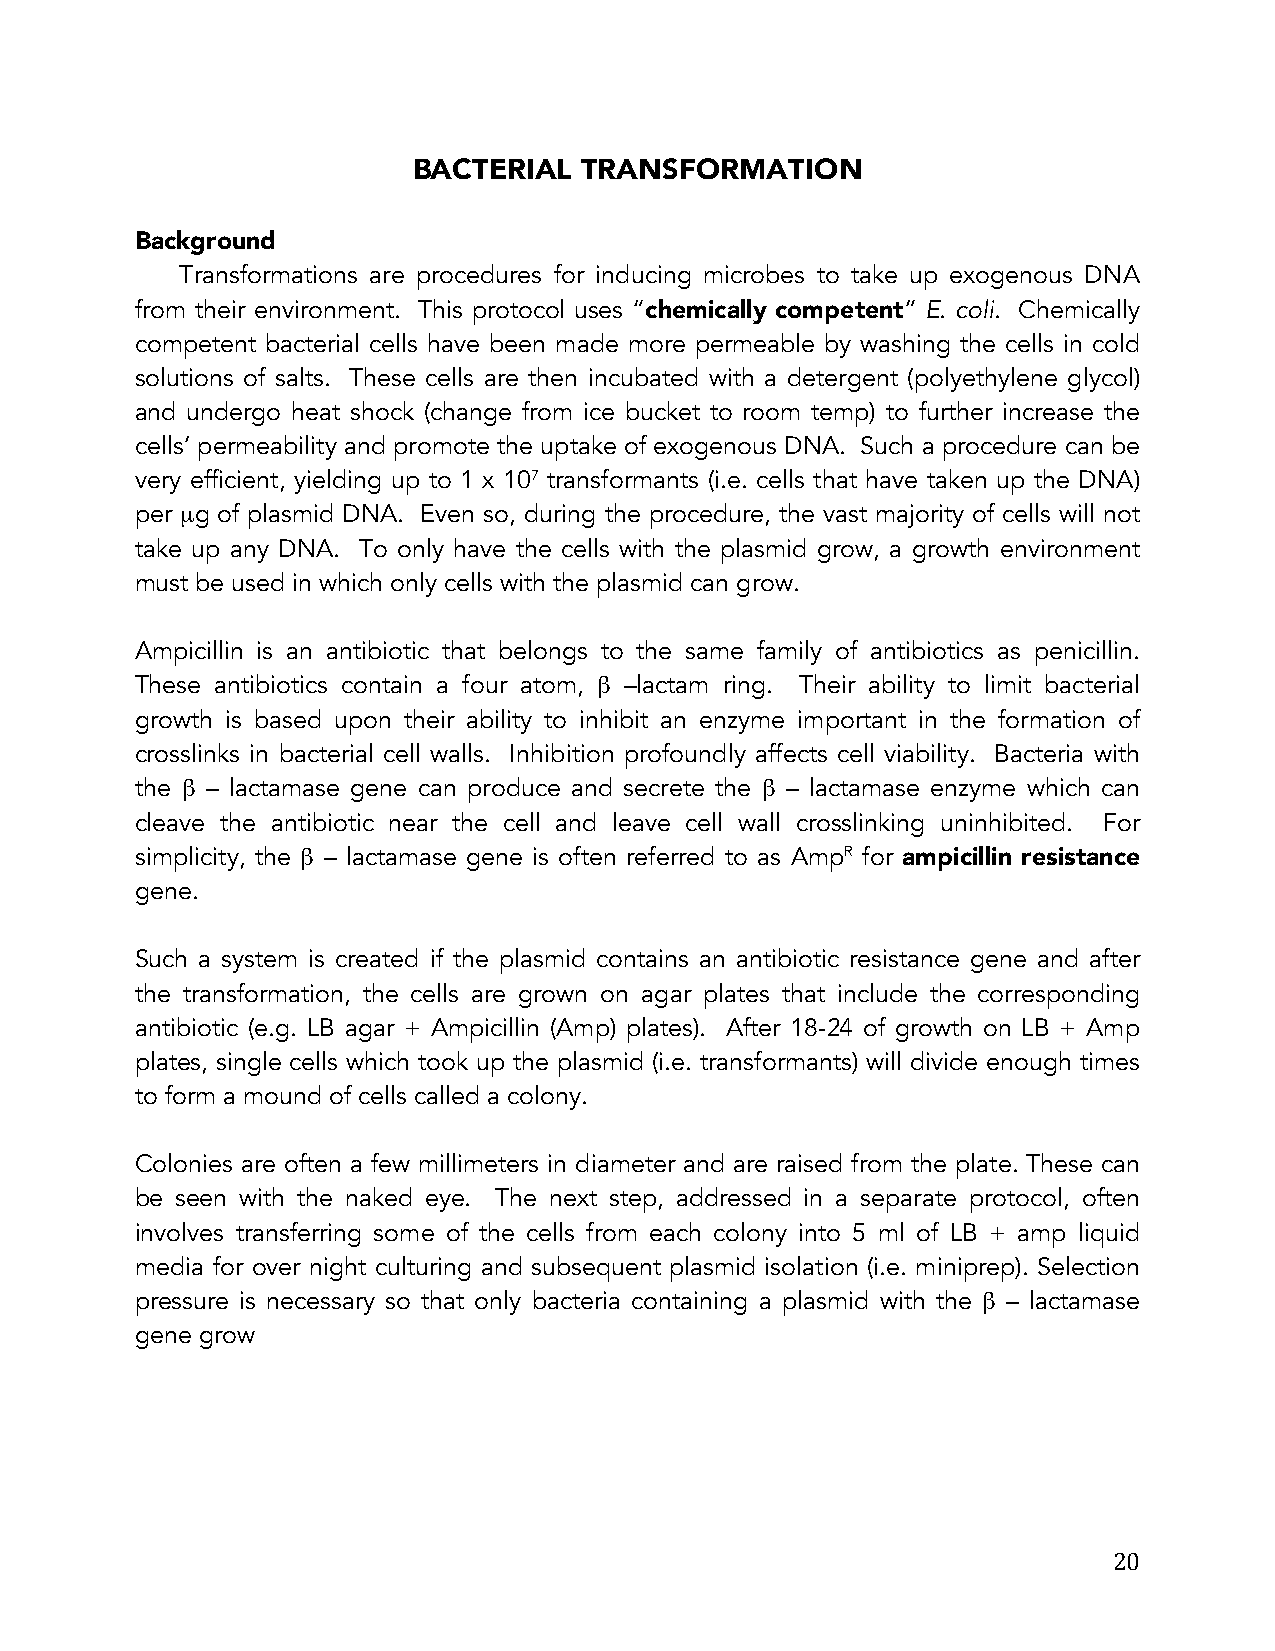
BACTERIAL   TRANSFORMATION
 Background
 Transformations are procedures for inducing microbes to take up exogenous DNA
 from their environment. This protocol uses “chemically competent” E. coli. Chemically
 competent bacterial cells have been made more permeable by washing the cells in cold
 solutions of salts. These cells are then incubated with a detergent (polyethylene glycol)
 and undergo heat shock (change from ice bucket to room temp) to further increase the
 cells’ permeability and promote the uptake of exogenous DNA. Such a procedure can be
 very efficient, yielding up to 1 x 107 transformants (i.e. cells that have taken up the DNA)
 per µg of plasmid DNA. Even so, during the procedure, the vast majority of cells will not
 take up any DNA. To only have the cells with the plasmid grow, a growth environment
 must be used in which only cells with the plasmid can grow.
 Ampicillin is an antibiotic that belongs to the same family of antibiotics as penicillin.
 These antibiotics contain a four atom, β –lactam ring. Their ability to limit bacterial
 growth is based upon their ability to inhibit an enzyme important in the formation of
 crosslinks in bacterial cell walls. Inhibition profoundly affects cell viability. Bacteria with
 the β – lactamase gene can produce and secrete the β – lactamase enzyme which can
 cleave the antibiotic near the cell and leave cell wall crosslinking uninhibited. For
 simplicity, the β – lactamase gene is often referred to as AmpR for ampicillin resistance
 gene.
 Such a system is created if the plasmid contains an antibiotic resistance gene and after
 the transformation, the cells are grown on agar plates that include the corresponding
 antibiotic (e.g. LB agar + Ampicillin (Amp) plates). After 18-24 of growth on LB + Amp
 plates, single cells which took up the plasmid (i.e. transformants) will divide enough times
 to form a mound of cells called a colony.
 Colonies are often a few millimeters in diameter and are raised from the plate. These can
 be seen with the naked eye. The next step, addressed in a separate protocol, often
 involves transferring some of the cells from each colony into 5 ml of LB + amp liquid
 media for over night culturing and subsequent plasmid isolation (i.e. miniprep). Selection
 pressure is necessary so that only bacteria containing a plasmid with the β – lactamase
 gene grow
 20